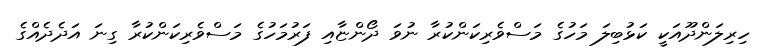
ހިރިލަންދޫއަކީ ކަޅުބިލަ މަހުގެ މަސްވެރިކަންކުރާ ނުވަ ދޯންޏާއި ފަރުމަހުގެ މަސްވެރިކަންކުރާ ގިނަ އަދެދެއްގެ